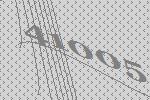
41005